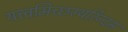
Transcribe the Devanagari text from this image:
यत्त्वमिच्छस्यरिन्दम